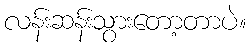
လန်းဆန်းသွားတော့တာပဲ။